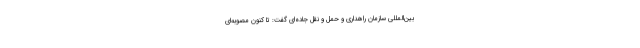
بین‌المللی سازمان راهداری و حمل و نقل جاده‌ای گفت: تا کنون مصوبه‌ای